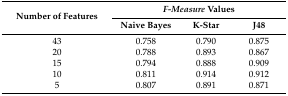
<table><thead><tr><td rowspan="2"><b>Number of Features</b></td><td colspan="3"><b><i>F-Measure</i> Values</b></td></tr><tr><td><b>Naive Bayes</b></td><td><b>K-Star</b></td><td><b>J48</b></td></tr></thead><tbody><tr><td>43</td><td>0.758</td><td>0.790</td><td>0.875</td></tr><tr><td>20</td><td>0.788</td><td>0.893</td><td>0.867</td></tr><tr><td>15</td><td>0.794</td><td>0.888</td><td>0.909</td></tr><tr><td>10</td><td>0.811</td><td>0.914</td><td>0.912</td></tr><tr><td>5</td><td>0.807</td><td>0.891</td><td>0.871</td></tr></tbody></table>